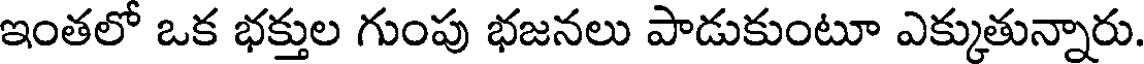
ఇంతలో ఒక భక్తుల గుంపు భజనలు పాడుకుంటూ ఎక్కుతున్నారు